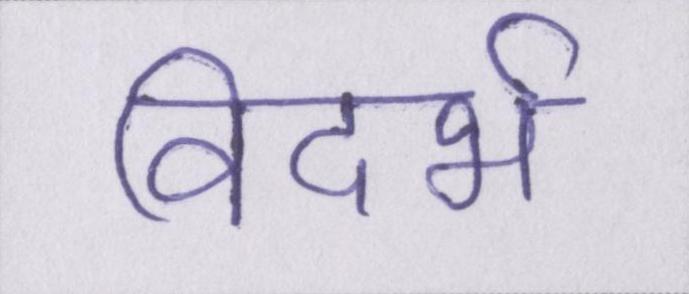
विदर्भ